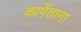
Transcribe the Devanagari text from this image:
कार्पेताना